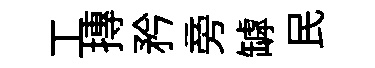
工摶矜旁罅民